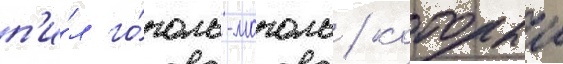
п'и́л го́голь-моголь / которыи